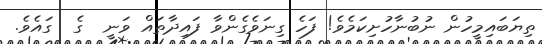
ތިޔަބައިމީހުން ނުބުނާހުށިކަމެވެ! ފަހެ ގިނަވެގެންވާ ފައިދާތައް ވަނީ  ގެ  ގައެވެ.